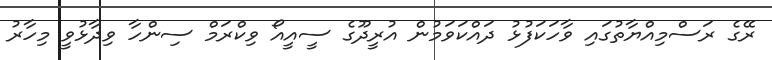
ރޭގެ ރަސްމިއްޔާތުގައި ވާހަކަފުޅު ދައްކަވަމުން އުރީދޫގެ ސީއީއޯ ވިކްރަމް ސިންހާ ވިދާޅުވީ މިހާރު